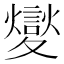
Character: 夑